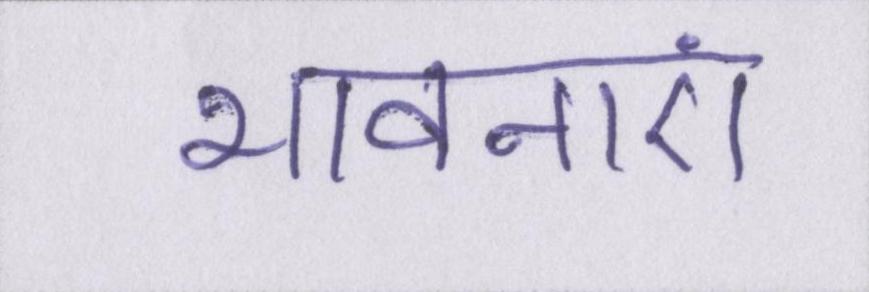
भावनाएं